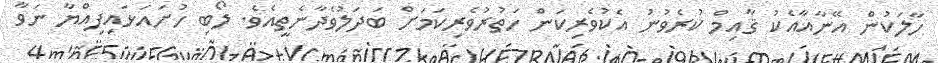
ހާލަކުން އޭނާއާއެކު ޤާއިމް ކުރެވުނު އެކުވެރިކަން ހަތުރުވެރިކަމަށް ބަދަލުވެދާނެތީއެވެ. ލޯބި ހުށައަޅައިފިއްޔާ ނަވާ